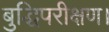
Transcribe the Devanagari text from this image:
बुद्धिपरीक्षण।